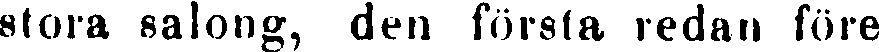
stora salong, den första redan före